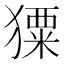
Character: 𤢂